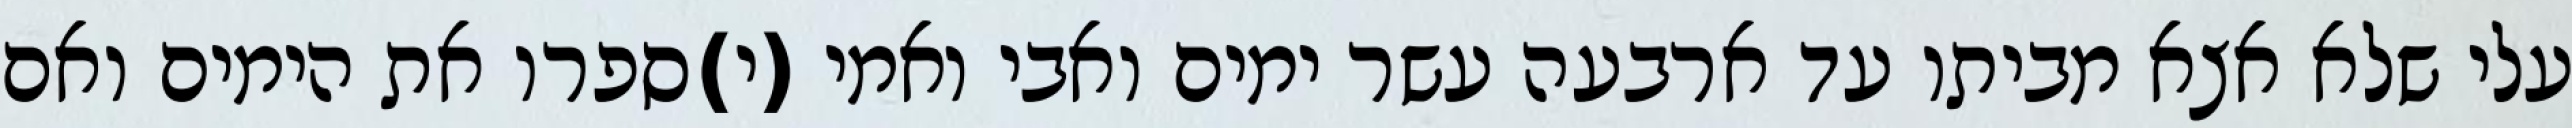
עלי שלא אצא מביתו עד ארבעה עשר ימים ואבי ואמי (י)ספרו את הימים ואם